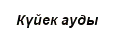
Күйек ауды